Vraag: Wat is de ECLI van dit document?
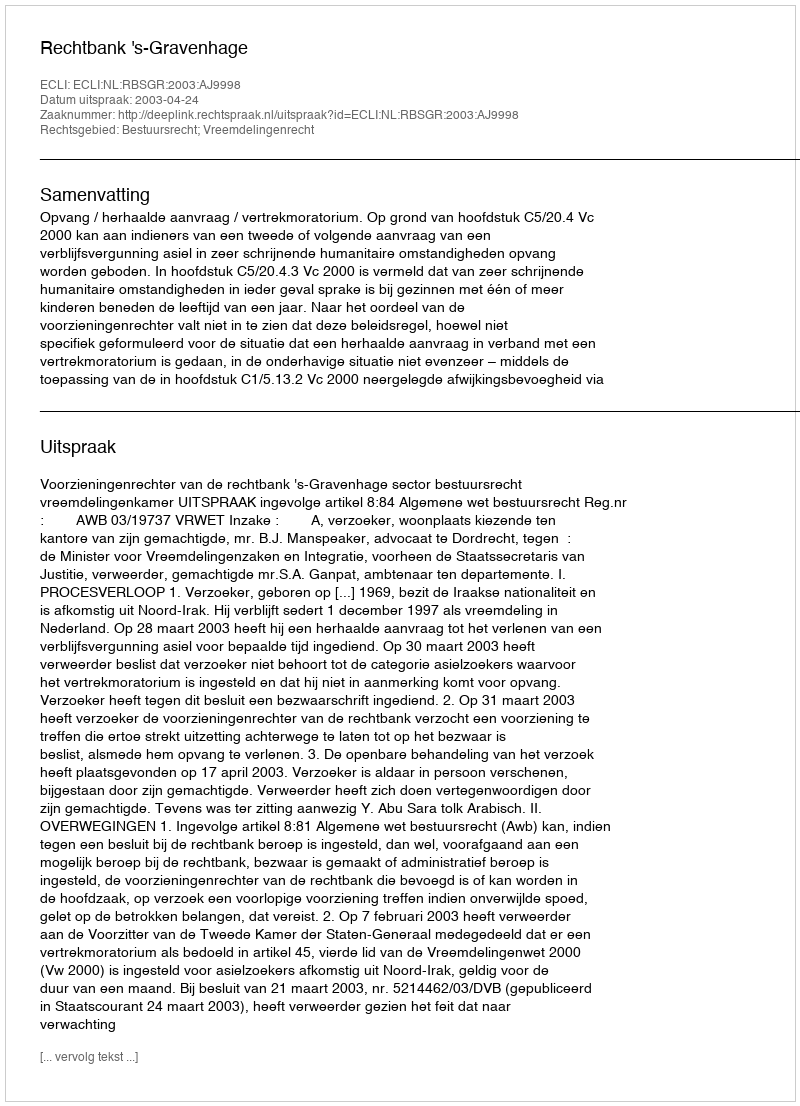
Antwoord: ECLI:NL:RBSGR:2003:AJ9998